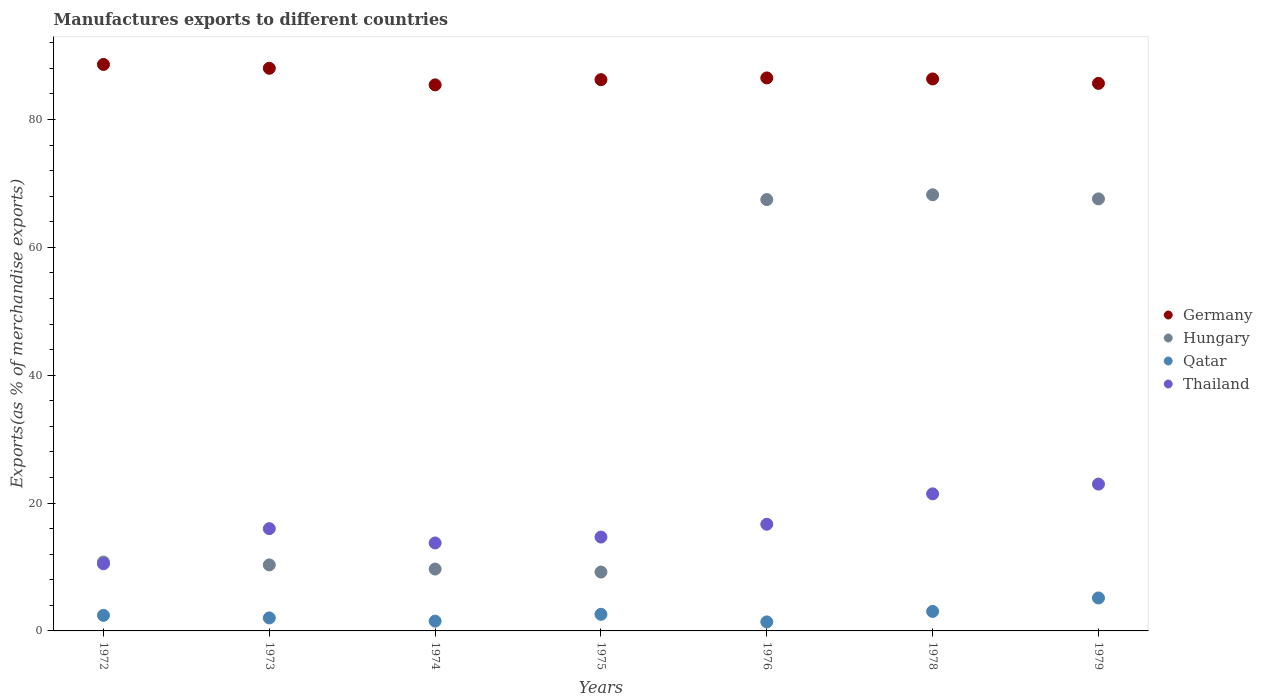
| Years | Germany | Hungary | Qatar | Thailand |
 | --- | --- | --- | --- | --- |
 | 1972 | 88.6 | 10.8 | 2.44 | 10.5 |
 | 1973 | 88 | 10.3 | 2.04 | 16 |
 | 1974 | 85.4 | 9.68 | 1.53 | 13.8 |
 | 1975 | 86.2 | 9.21 | 2.6 | 14.7 |
 | 1976 | 86.5 | 67.5 | 1.41 | 16.7 |
 | 1978 | 86.3 | 68.2 | 3.05 | 21.4 |
 | 1979 | 85.7 | 67.6 | 5.15 | 23 |